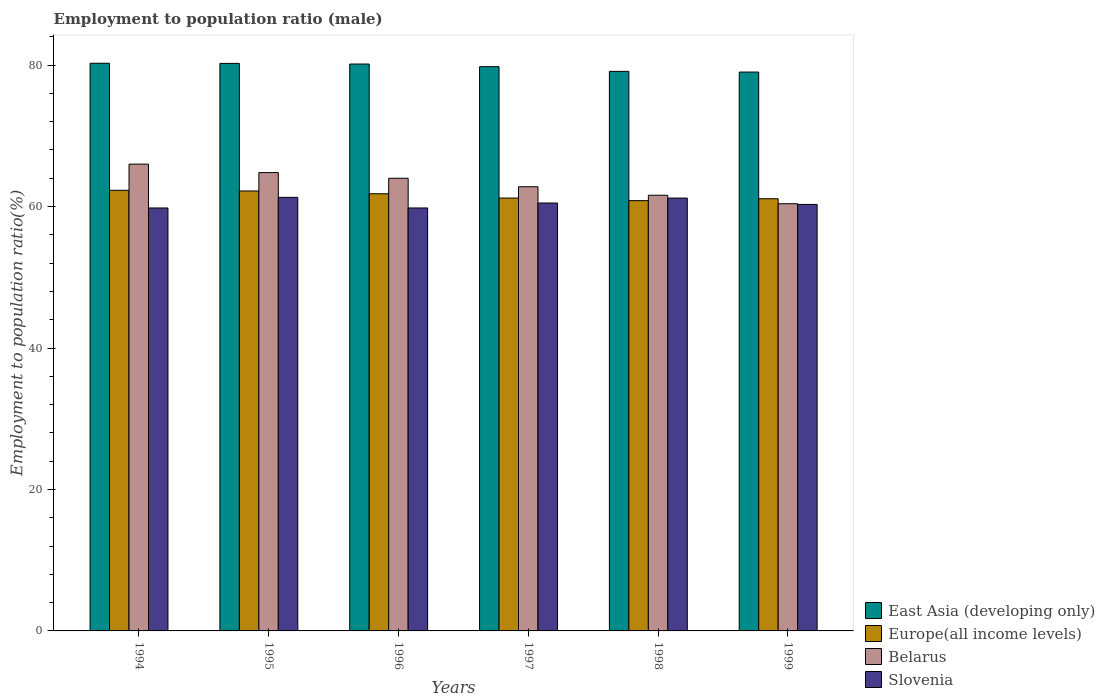
| Years | East Asia (developing only) | Europe(all income levels) | Belarus | Slovenia |
 | --- | --- | --- | --- | --- |
 | 1994 | 80.3 | 62.3 | 66 | 59.8 |
 | 1995 | 80.2 | 62.2 | 64.8 | 61.3 |
 | 1996 | 80.2 | 61.8 | 64 | 59.8 |
 | 1997 | 79.8 | 61.2 | 62.8 | 60.5 |
 | 1998 | 79.1 | 60.8 | 61.6 | 61.2 |
 | 1999 | 79 | 61.1 | 60.4 | 60.3 |